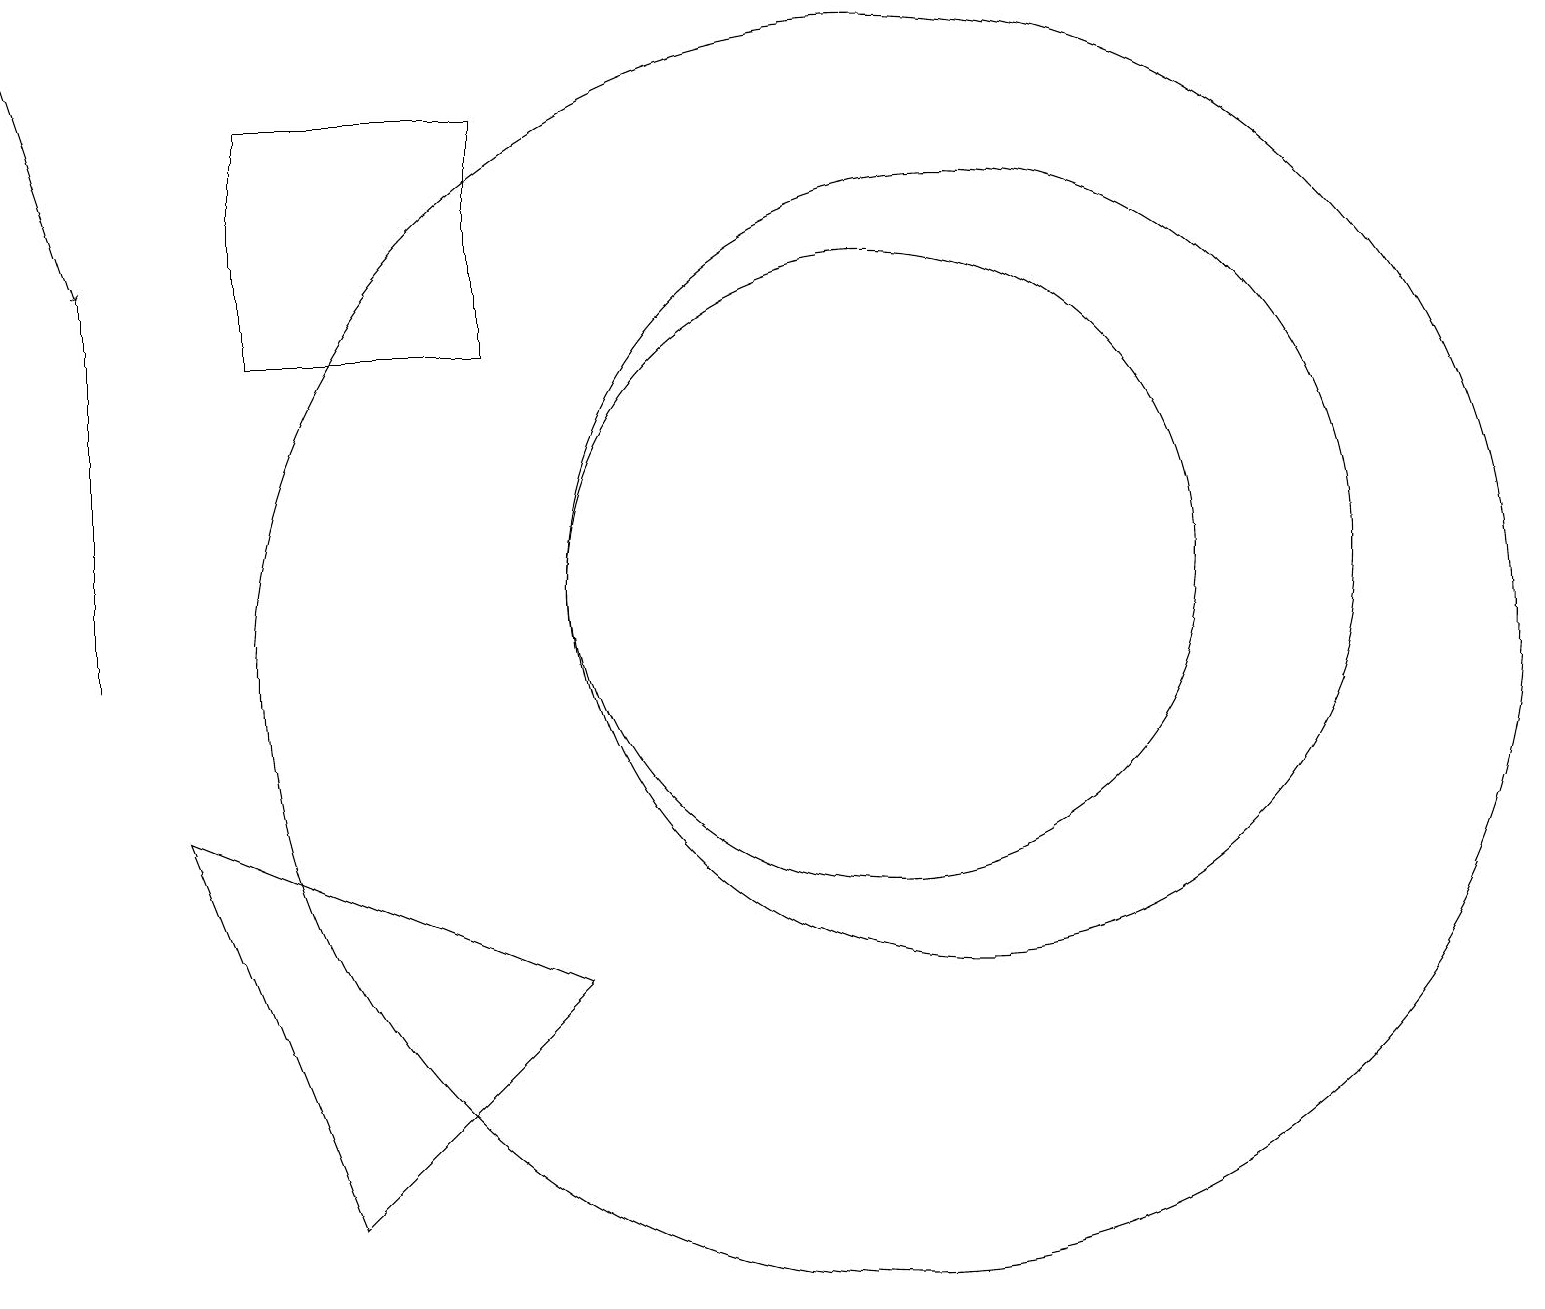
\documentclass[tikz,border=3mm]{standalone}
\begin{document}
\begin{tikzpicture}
\draw (1,15) rectangle (1,10);
\draw (4,3) -- (7,6) -- (2,8) -- cycle;
\draw (6,17) rectangle (3,14);
\draw (11,11) circle (4);
\draw (12,11) circle (5);
\draw[->] (0,18) -- (1,15);
\draw (11,10) circle (8);
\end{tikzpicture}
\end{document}